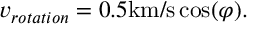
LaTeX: v _ { r o t a t i o n } = 0 . 5 \mathrm { k m / s } \cos ( \varphi ) .